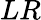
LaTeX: LR